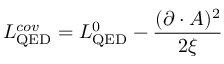
{ \cal L } _ { \mathrm { Q E D } } ^ { c o v } = { \cal L } _ { \mathrm { Q E D } } ^ { 0 } - { \frac { ( \partial \cdot { \cal A } ) ^ { 2 } } { 2 \xi } }